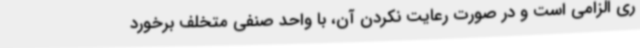
ری الزامی است و در صورت رعایت نکردن آن، با واحد صنفی متخلف برخورد